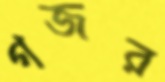
গজর